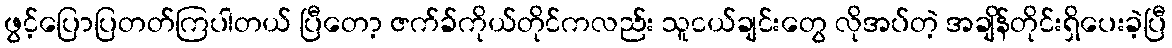
ဖွင့်ပြောပြတတ်ကြပါတယ် ပြီတော့ ဇက်ခ်ကိုယ်တိုင်ကလည်း သူငယ်ချင်းတွေ လိုအပ်တဲ့ အချိန်တိုင်းရှိပေးခဲ့ပြီ